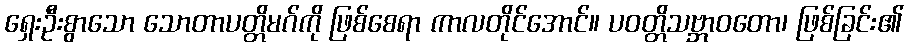
ရှေးဦးစွာသော သောတာပတ္တိမဂ်ကို ဖြစ်စေရာ ကာလတိုင်အောင်။ ပဝတ္တိသဗ္ဘာဝတော၊ ဖြစ်ခြင်း၏